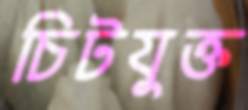
চিটযুক্ত